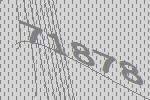
71878